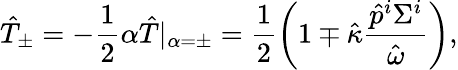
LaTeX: \hat{T}_{\pm}=-\frac{1}{2}\alpha\hat{T}|_{\alpha=\pm}=\frac{1}{2}\left(1\mp\hat{\kappa}\frac{\hat{p}^{i}\Sigma^{i}}{\hat{\omega}}\right),